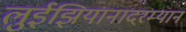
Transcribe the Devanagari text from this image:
लुईझियानादरम्यान